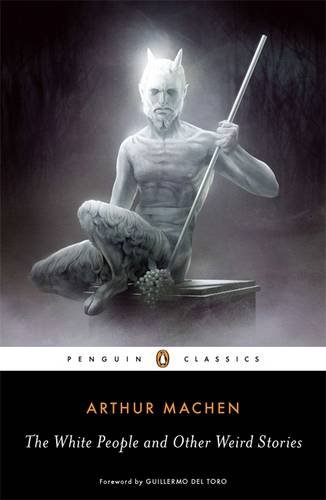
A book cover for The White People and Other Weird Stories (Penguin Classics); Arthur Machen; Literature & Fiction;